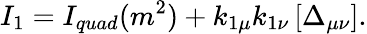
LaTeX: I_{1}=I_{quad}(m^{2})+k_{1\mu}k_{1\nu}\left[\Delta_{\mu\nu}\right].